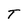
Character: T